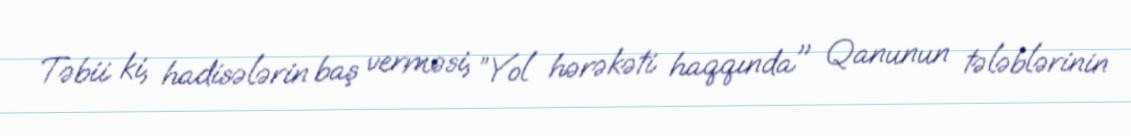
Təbii ki, hadisələrin baş verməsi, ”Yol hərəkəti haqqında" Qanunun tələblərinin